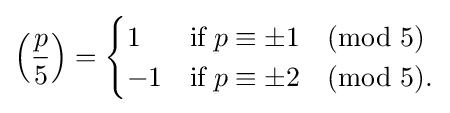
\left({\frac {p}{5}}\right)={\begin{cases}1&{\textrm {if}}\;p\equiv \pm 1{\pmod {5}}\\-1&{\textrm {if}}\;p\equiv \pm 2{\pmod {5}}.\end{cases}}